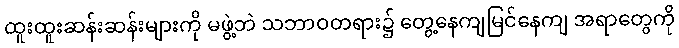
ထူးထူးဆန်းဆန်းများကို မဖွဲ့ဘဲ သဘာဝတရား၌ တွေ့နေကျမြင်နေကျ အရာတွေကို